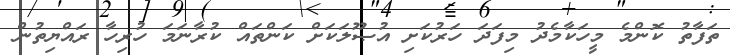
ތަފާތު ކޮންމެ މީހަކާމެދު މިފަދަ ހަރުކަށި އުޞޫލަކަށް ކަންތައް ކުރާނަމަ ހުރިހާ ރައްޔިތުން